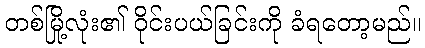
တစ်မြို့လုံး၏ ဝိုင်းပယ်ခြင်းကို ခံရတော့မည်။